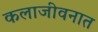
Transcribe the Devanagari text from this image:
कलाजीवनात